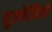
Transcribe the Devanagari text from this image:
युलोजियो